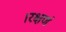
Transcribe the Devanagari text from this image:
।रक्षणं